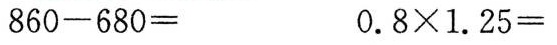
$$860 - 680 =$$ $$0.8 \times 1.25 =$$